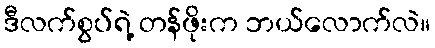
ဒီလက်စွပ်ရဲ့ တန်ဖိုးက ဘယ်လောက်လဲ။